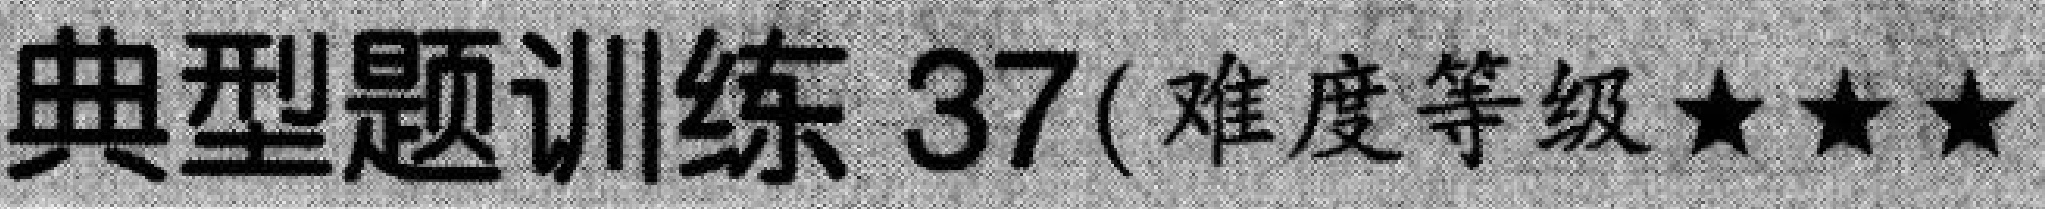
典型题训练 37(难度等级★★★)